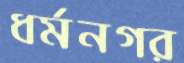
ধর্মনগর